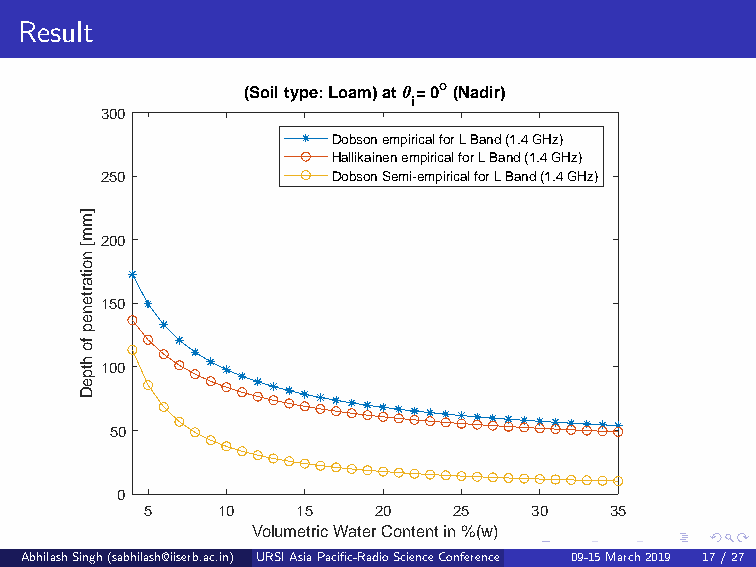
Result
 (Soil type: Loam) at = 0o (Nadir)
 i
 300
 Dobson empirical for L Band (1.4 GHz)
 Hallikainen empirical for L Band (1.4 GHz)
 250            Dobson Semi-empirical for L Band (1.4 GHz)
 ]m
 m
 200
 [
 n
 o
 ita
 rte150
 n
 e
 p
 fo
 h
 tp100
 e
 D
 50
 0
 5   10    15   20   25   30   35
 Volumetric Water Content in %(w)
 AbhilashSingh(sabhilash@iiserb.ac.in) URSIAsiaPacific-RadioScienceConference 09-15March2019 (De1p7ar/tm2e7ntofEarthandEnvironmentalSciencesIndianInstituteofScienceEducationandResearch,Bhopal,IndianInstituteofRemoteSensing,ISRO,Dehradun Presentedby:AbhilashSingh,DST-INSPIREFellow)